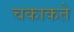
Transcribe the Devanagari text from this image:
चकाकते